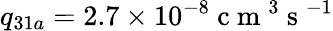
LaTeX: q_{31a}=2.7\times 10^{-8}\mathrm{~c~m~}^{3}\mathrm{~s~}^{-1}